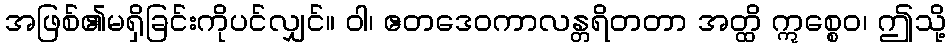
အဖြစ်၏မရှိခြင်းကိုပင်လျှင်။ ဝါ၊ ဧတဒေဝကာလန္တရိတတာ အတ္ထိ ဣစ္စေဝ၊ ဤသို့